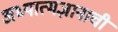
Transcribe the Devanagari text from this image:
अध्यात्मज्ञानाची